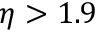
\eta > 1 . 9